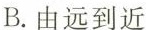
B.由远到近